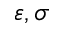
\varepsilon , \sigma